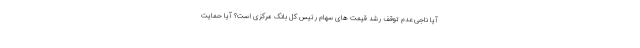
آیا ناجی عدم توقف رشد قیمت های سهام رئیس کل بانک مرکزی است؟ آیا حمایت